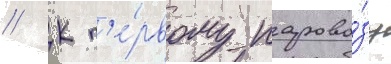
// К п'е́рвому парово́зу